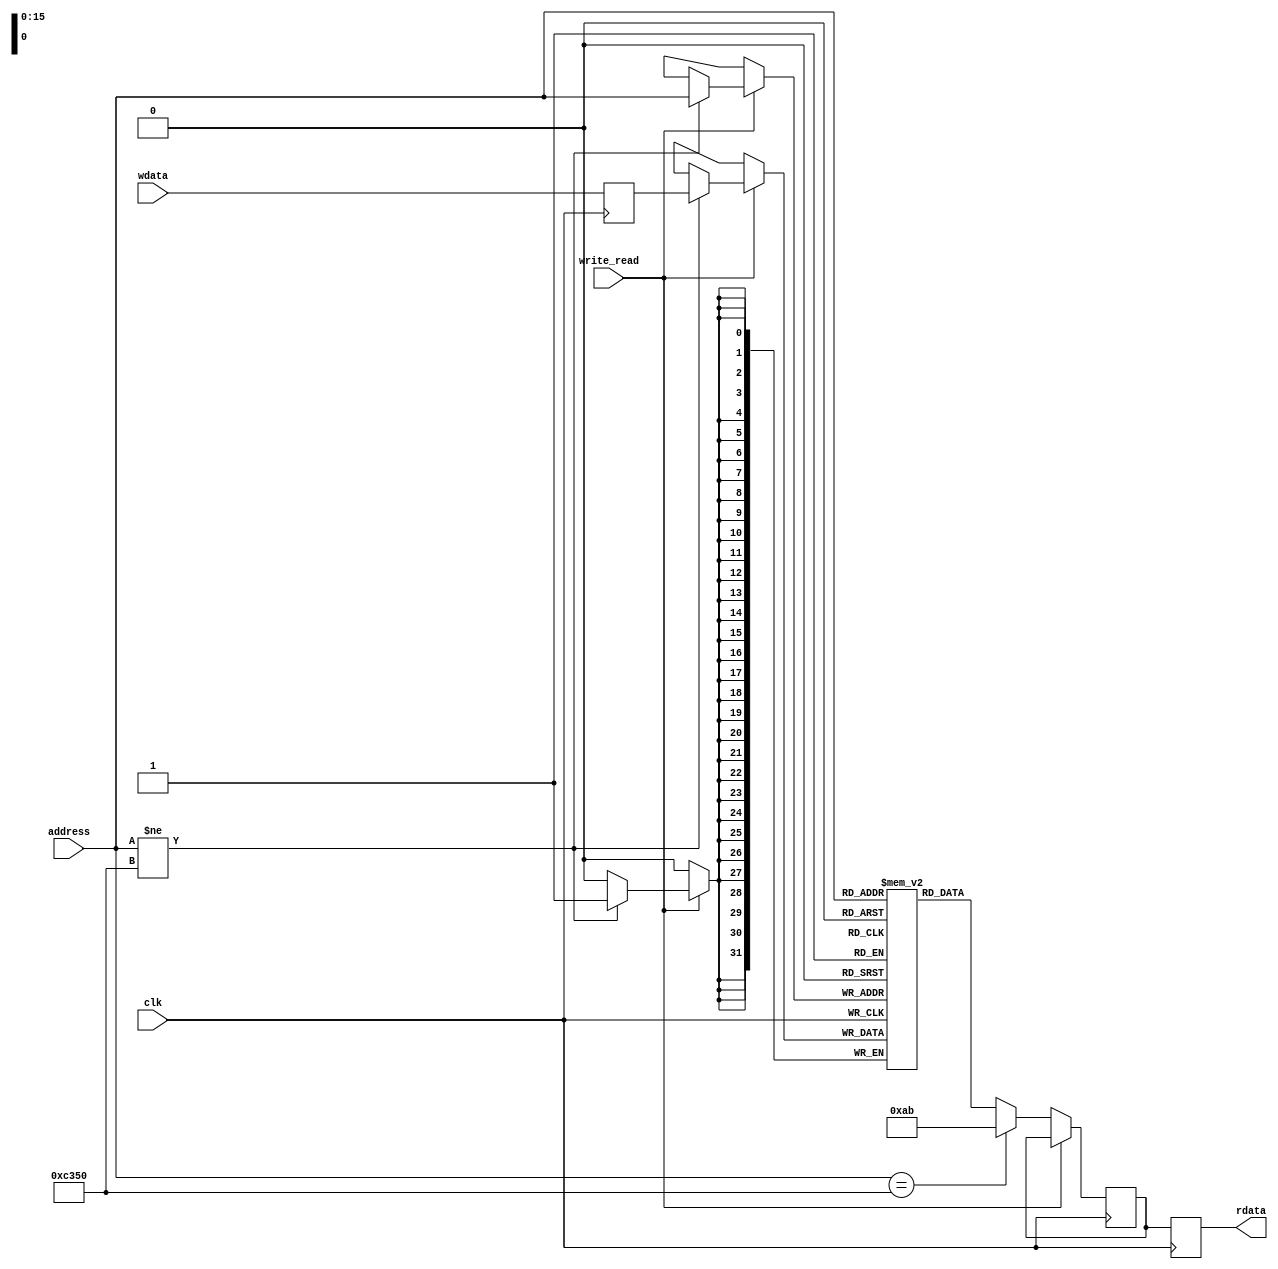
module fault_mem (clk, write_read, address, wdata, rdata);

parameter DATA_WIDTH = 32;
parameter ADDR_WIDTH = 16;
parameter CAPACITY    = 65535; // 511 255

input clk;
input write_read;
input [ADDR_WIDTH-1:0] address;
input [DATA_WIDTH-1:0] wdata;

output [DATA_WIDTH-1:0] rdata;
reg    [DATA_WIDTH-1:0] rdata;

reg [DATA_WIDTH-1:0] int_mem [CAPACITY:0];

reg [DATA_WIDTH-1:0] rdata1;
reg [DATA_WIDTH-1:0] wdata1;

always@(posedge clk) begin
    wdata1 <= wdata;
end
always @ (posedge clk) begin
    rdata <= rdata1;
end


always@(posedge clk) begin
    if (write_read) begin
        if(address != 50000) begin
            int_mem [address] <= wdata1;
        end
    end
    else begin
        if(address == 50000) begin
            rdata1 <= 32'hAB;      
        end
        else begin
            rdata1 <= int_mem [address] ;
        end
    end
end

endmodule